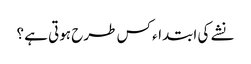
نشے کی ابتداء کس طرح ہوتی ہے ؟